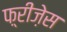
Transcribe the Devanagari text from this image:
फ़्रीज़ेस